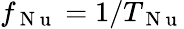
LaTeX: f_{\mathrm{~N~u~}}=1/T_{\mathrm{~N~u~}}